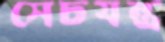
সেচযন্ত্র